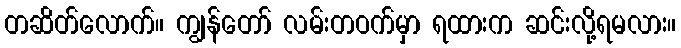
တဆိတ်လောက်။ ကျွန်တော် လမ်းတဝက်မှာ ရထားက ဆင်းလို့ရမလား။